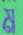
ম